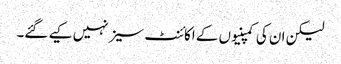
لیکن ان کی کمپنیوں کے اکائنٹ سیز نہیں کیے گئے۔